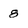
Character: 8